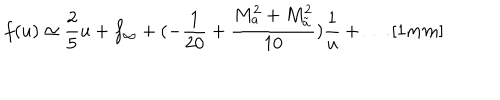
f ( u ) \simeq \frac { 2 } { 5 } u + f _ { \infty } + ( - \frac { 1 } { 2 0 } + \frac { M _ { a } ^ { 2 } + M _ { \tilde { a } } ^ { 2 } } { 1 0 } ) \frac { 1 } { u } + \ldots \, [ 1 m m ]